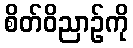
စိတ်ဝိညာဉ်ကို